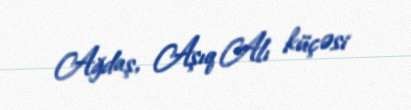
Ağdaş, Aşıq Alı küçəsi